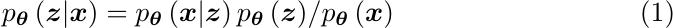
\begin{equation}
    p_{\boldsymbol{\theta}}\left( \boldsymbol{z} | \boldsymbol{x} \right) = {p_{\boldsymbol{\theta}}\left( \boldsymbol{x} | \boldsymbol{z} \right) p_{\boldsymbol{\theta}}\left( \boldsymbol{z} \right)} / {p_{\boldsymbol{\theta}}\left( \boldsymbol{x} \right)}
\label{eq:bayes}
\end{equation}